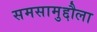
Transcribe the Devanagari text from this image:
समसामुद्दौला